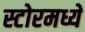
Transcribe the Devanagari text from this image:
स्टोरमध्ये